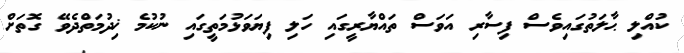
ކުއްލި ޙާލަތުގައިވެސް ފިސާރި އަވަސް ތައްޔާރީގައި ހަލި ފިޔަވަޅުމަތީގައި ނުކުމެ ޚިދުމަތްދެވޭ ގޮތަށް